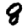
Digit: 8